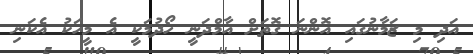
އަދި މި ޒަމާނުގައި އޮންނަ ގޮތަށް އާމްދަނީ ހޯދުމަކީ އެ މީހަކު އެކަނި